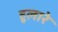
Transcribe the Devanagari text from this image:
हुलारे